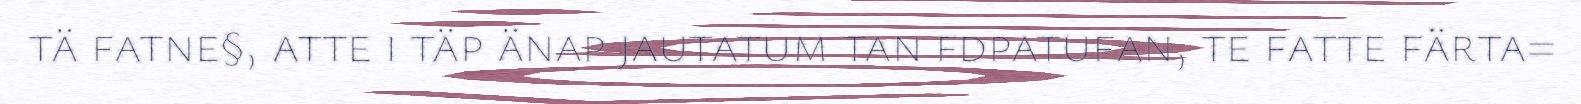
tä fatne§, atte i täp änap jautatum tan fdpatufan, te fatte färta=